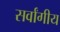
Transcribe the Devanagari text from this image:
सर्वांगीय